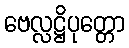
ဗေလ္လဋ္ဌိပုတ္တော